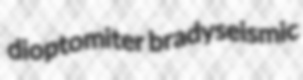
dioptomiter bradyseismic